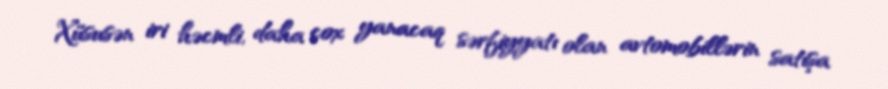
Xüsusən iri həcmli, daha çox yanacaq sərfiyyatı olan avtomobillərin satışa